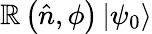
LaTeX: \mathbb{R}\left({\hat{{n}}},\phi\right)\left|\psi_{0}\right\rangle